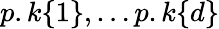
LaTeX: p.k\{ 1\} ,\ldots p.k\{ d\}